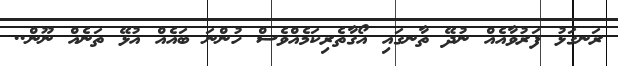
ރަނގަޅު ފަރުވާއެއް ނުދޭ ތާނގައި އޯގާތެރިކަމެއްވެސް ހުންނަ ބައެއް އުޅޭ ތަނެއް ނޫން..